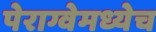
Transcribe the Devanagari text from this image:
पेराग्वेमध्येच